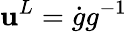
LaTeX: \mathbf{u}^{L}=\dot{{g}}g^{-1}